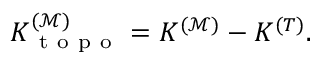
K _ { \mathrm { ~ t ~ o ~ p ~ o ~ } } ^ { ( \mathcal { M } ) } = K ^ { ( \mathcal { M } ) } - K ^ { ( T ) } .